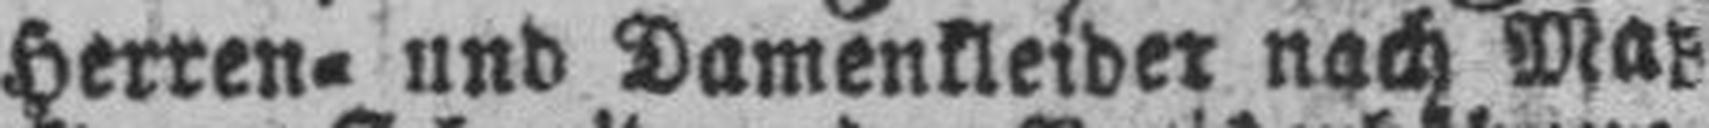
Herren= und Damenkleider nach Mas¬